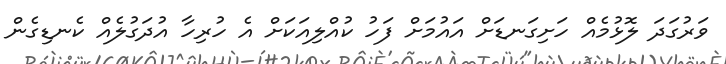
ވަރުގަދަ ލޮޅުމެއް ހަށިގަނޑަށް އައުމަށް ފަހު ކުއްލިއަކަށް އެ ހުރިހާ އުދަގުލެއް ކެނޑިގެން